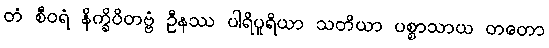
တံ စီဝရံ နိက္ခိပိတဗ္ဗံ ဦနဿ ပါရိပူရိယာ သတိယာ ပစ္စာသာယ တတော